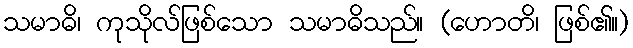
သမာဓိ၊ ကုသိုလ်ဖြစ်သော သမာဓိသည်။ (ဟောတိ၊ ဖြစ်၏။)